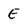
Character: E